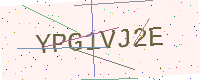
Text: YPG1VJ2E